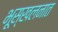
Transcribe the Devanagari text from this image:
भूस्खलनात